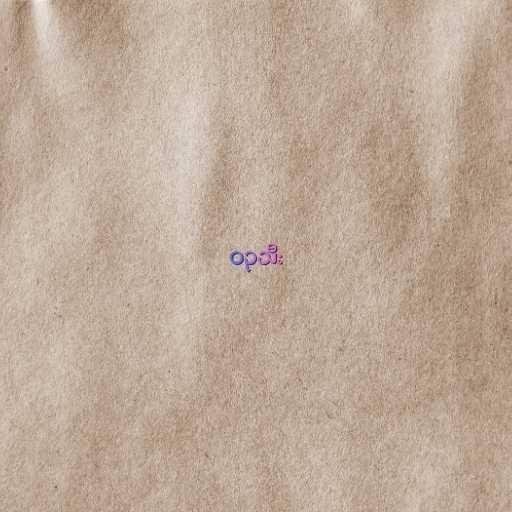
ဝဥသီး